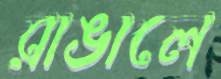
রাঙালে